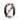
0